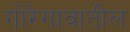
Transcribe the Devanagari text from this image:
गोरेगावातील